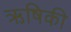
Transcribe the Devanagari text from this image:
ऋषिकी